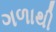
ગળાથી